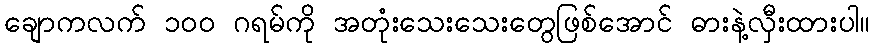
ချောကလက် ၁၀၀ ဂရမ်ကို အတုံးသေးသေးတွေဖြစ်အောင် ဓားနဲ့လှီးထားပါ။